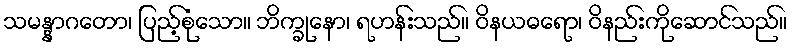
သမန္နာဂတော၊ ပြည့်စုံသော။ ဘိက္ခုနော၊ ရဟန်းသည်။ ဝိနယဓရော၊ ဝိနည်းကိုဆောင်သည်။